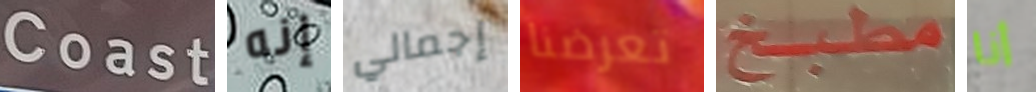
Coast إنه إجمالي تعرضنا مطبخ أنا